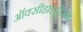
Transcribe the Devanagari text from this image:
ऑक्सीहाइड्रोजन